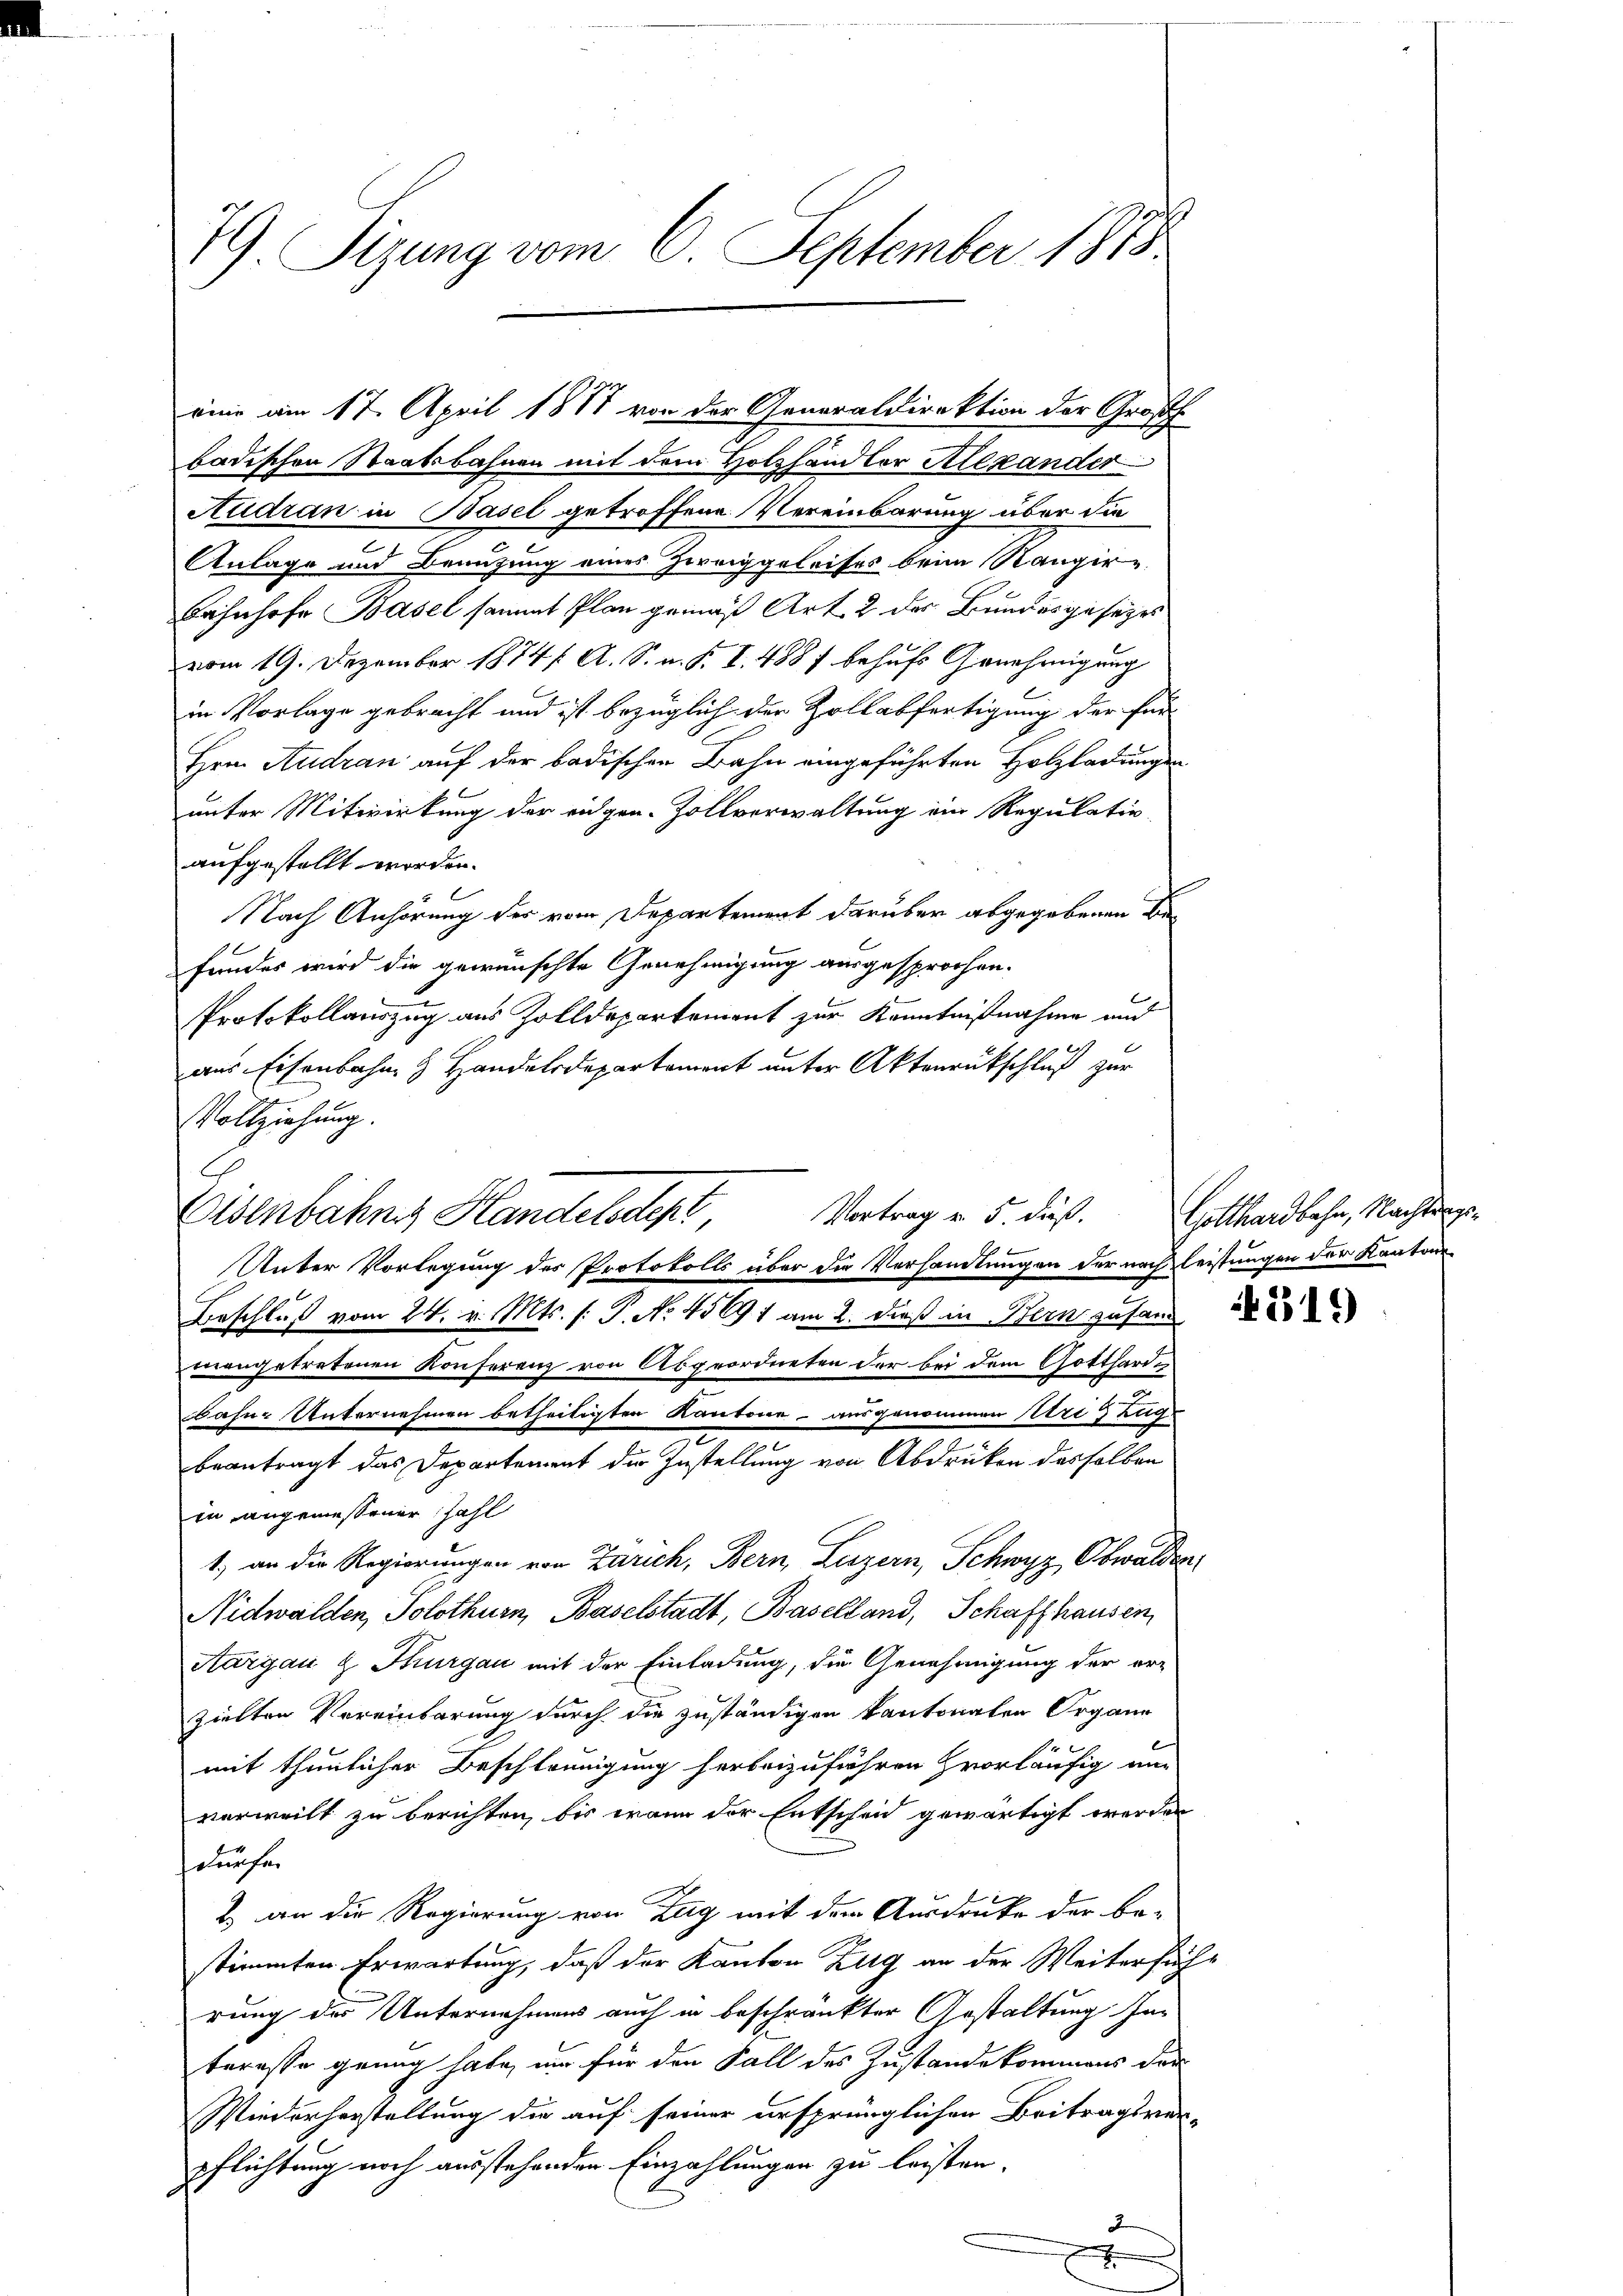
79) Sizung vom 6. September 1878

eine am 17. April 1877 von der Generaldirektion der Großh.
badischen Staatsbahnen mit dem Holzhandler Alexander
Audran in Basel getroffene Vereinbarung über die
Anlage und Benutzung eines Zweiggeleises beim Rangir¬
Bahnhofe Basel sammt Plan gemäß Art. 2 des Bundesgesezes
vom 19. Dezember 18741. A. S. v. R. I. 488 f behufs Genehmigung
in Vorlage gebracht und ist bezüglich der Zollabfertigung der für
Hrn. Audran auf der badischen Bahn eingeführten Holzladungen
unter Mitwirkung der eigen-Zollverwaltung ein Regulatio
aufgestellt worden.
Nach Anhörung der vom Departement darüber abgegebenen Befundes wird die gewünschte Genehmigung ausgesprochen.
Protokollauszug aus Zolldepartement zur Kenntnißnahme und
aus Eisenbahn & Handelsdepartement unter Aktenrückschluß zur
Vollziehung.
Vortrag u. 5. dieß.
Unter Vorlegung des Protokolls über die Verhandlungen der nach leistungen der Kantons
Beschluß vom 24. v. Mts. (: P. No. 4569, am 2. dieß in Bern zusand
unangetretenen Konferenz von Abgeordneten der bei dem Gotthardt
Bahn-Unternehmen betheiligten Kantone ausgenommen Uri, Zug-
beantragt das Departement die Zustellung von Abdrücken desselben
in angemessener Zahl
1.) an die Regierungen von Zarich, Bern, Luzern, Schwyz, Obwalden
Nidwalden, Solothurn, Baselstadt, Baselland, Schaffhausen,
Aargau & Thurgau mit der Einladung, die Genehmigung der er-
zielten Vereinbarung durch die zuständigen kantonalen Organn
mit thunlicher Beschleunigung herbeizuführen vorläufig an
verweilt zu berichten, bis wenn der Entscheid gewärtigt werden
srufen
2. an die Regierung von Zug mit der Ausdrucke der be-
stimmten Erwartung, daß der Kanton Zug an der Weitersuch
rung des Unternehmens auch in beschränkter Gestaltung Interesse genug habe, um für den Fall des Zustande kommens der
Wiederherstellung die auf seiner ursprünglichen Beitragsver-
pflichtung noch ausstehenden Einzahlungen zu leisten.
2
F

Eisenbahne Handelsdent,

Gotthardbahn, Nachtrags¬

519